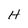
Character: H